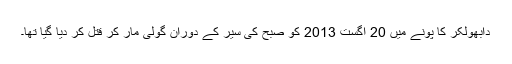
دابھولکر کا پونے میں 20 اگست 2013 کو صبح کی سیر کے دوران گولی مار کر قتل کر دیا گیا تھا۔